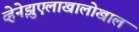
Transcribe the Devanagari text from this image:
व्हेनेझुएलाखालोखाल